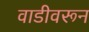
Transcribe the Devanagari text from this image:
वाडीवरून